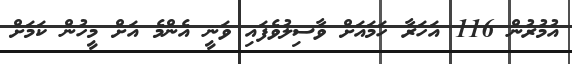
އުމުރުން 116 އަހަރާ ހަމައަށް ވާސިލުވެފައި ވަނީ އެންމެ އަށް މީހުން ކަމަށް